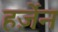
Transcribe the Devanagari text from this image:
हर्ज़ेन